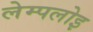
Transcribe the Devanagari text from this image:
लेम्पलोइ